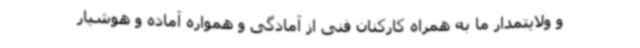
و ولایتمدار ما به همراه کارکنان فنی از آمادگی و همواره آماده و هوشیار